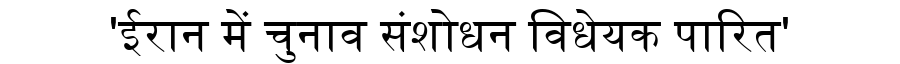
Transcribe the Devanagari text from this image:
'ईरान में चुनाव संशोधन विधेयक पारित'